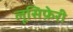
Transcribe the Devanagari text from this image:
लूसिफ़ेरी